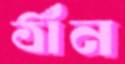
ঠাঁন